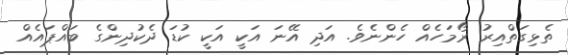
ތެޅިގަތްއިރު ރޯމަހެއް ހެންނެވެ. އަދި އޭނަ އަކީ އަކީ ކުޑަ ދެކުދިންގެ ބައްޕައެއް